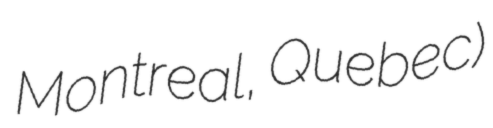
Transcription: Montreal, Quebec)